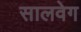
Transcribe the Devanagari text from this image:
सालवेग